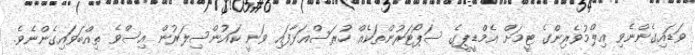
ވަޑައިގެންނެވި އިލްމުވެރިންގެ ޓީމަށް އެމްޑީޕީގެ ސަޕޯޓަރުންތަކެއް ހުރަސްއަޅާފައި ވަނީ ކައުންސިލަރުން އިސްވެ ތިއްބަވައިގެންނެވެ.